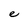
Character: e